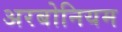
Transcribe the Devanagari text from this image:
अरबोनियम